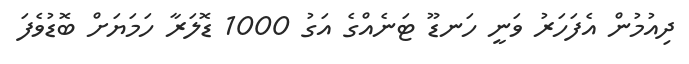
ދިއުމުން އެފަހަރު ވަނީ ހަނޑޫ ޓަނެއްގެ އަގު 1000 ޑޮލަރާ ހަމަޔަށް ބޮޑުވެފަ